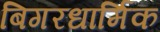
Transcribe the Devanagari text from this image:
बिगरधार्मिक